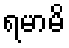
ရမာမိ